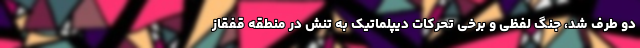
دو طرف شد، جنگ لفظی و برخی تحرکات دیپلماتیک به تنش در منطقه قفقاز